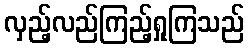
လှည့်လည်ကြည့်ရှုကြသည်